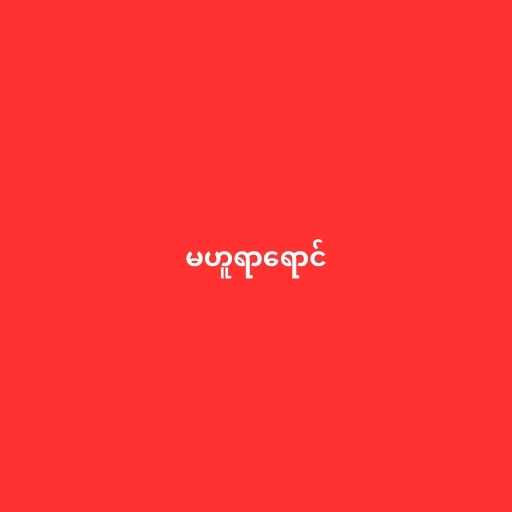
မဟူရာရောင်